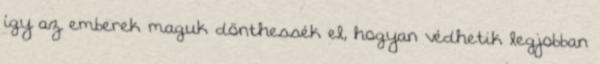
így az emberek maguk dönthessék el, hogyan védhetik legjobban